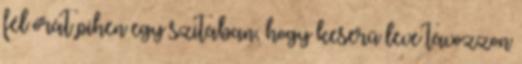
fél órát pihen egy szitában, hogy keserű leve távozzon